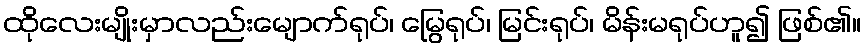
ထိုလေးမျိုးမှာလည်းမျောက်ရုပ်၊ မြွေရုပ်၊ မြင်းရုပ်၊ မိန်းမရုပ်ဟူ၍ ဖြစ်၏။